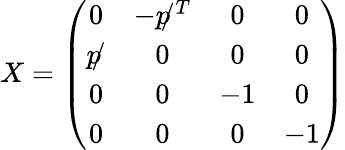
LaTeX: X=\left(\begin{array}{cccc}{{0}}&{{-p\! \! /^{T}}}&{{0}}&{{0}}\\ {{p\! \! /}}&{{0}}&{{0}}&{{0}}\\ {{0}}&{{0}}&{{-1}}&{{0}}\\ {{0}}&{{0}}&{{0}}&{{-1}}\end{array}\right)